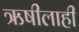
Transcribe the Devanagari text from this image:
ऋषीलाही